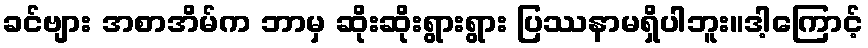
ခင်ဗျား အစာအိမ်က ဘာမှ ဆိုးဆိုးရွားရွား ပြဿနာမရှိပါဘူး။ဒါ့ကြောင့်